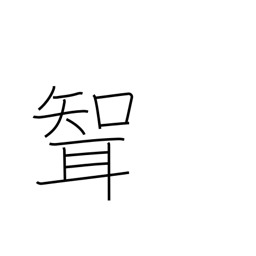
Meaning: son-in-law